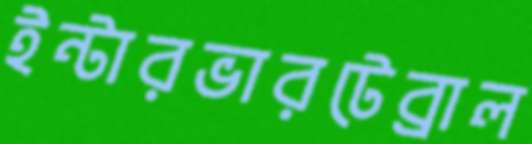
ইন্টারভারটেব্রাল